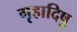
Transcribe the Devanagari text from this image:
गृहादिषु